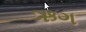
ઋગ